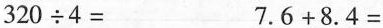
$$3 2 0 \div 4 =$$$$7 . 6 + 8 . 4 =$$